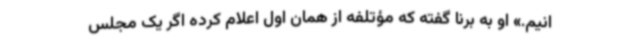
انیم.» او به برنا گفته که مؤتلفه از همان اول اعلام کرده اگر یک مجلس